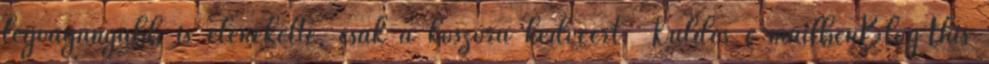
legvagányabb is elénekelte, csak a koszorú kedvéért. Küldés e-mailbenBlogThis